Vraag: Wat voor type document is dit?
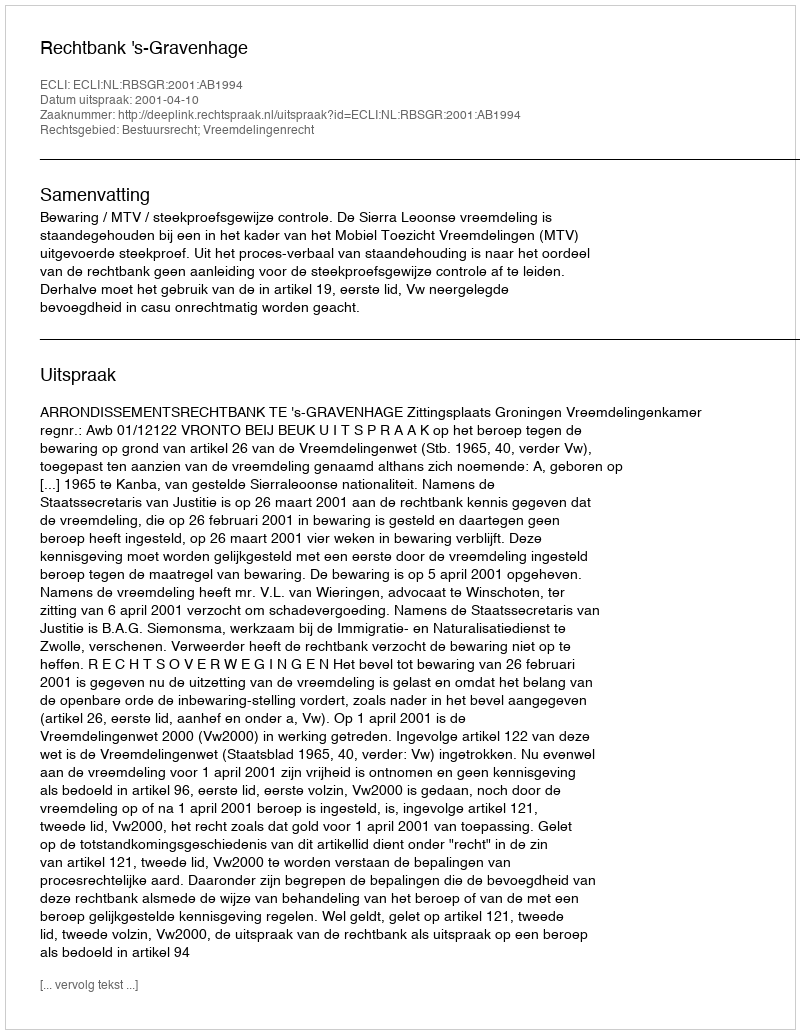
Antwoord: Uitspraak